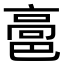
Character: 䯩